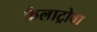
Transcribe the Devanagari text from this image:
कैलाट्रोवा